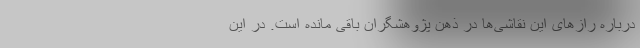
درباره رازهای این نقاشی‌ها در ذهن پژوهشگران باقی مانده است. در این